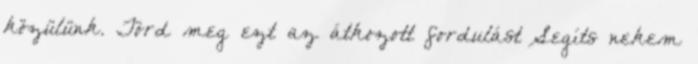
közülünk. Törd meg ezt az átkozott fordulást Segíts nekem